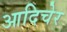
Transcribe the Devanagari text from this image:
आदिचेर